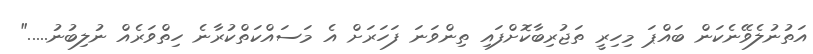
އަތުނުލެވޭނެކަން ބައްޕަ މިހިރީ ތަޖުރިބާކޮށްފައި ތިންވަނަ ފަހަރަށް އެ މަސައްކަތްކުރާނެ ހިތްވަރެއް ނުލިބުނު....."